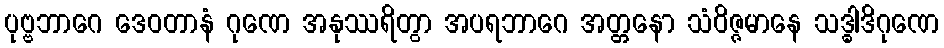
ပုဗ္ဗဘာဂေ ဒေဝတာနံ ဂုဏေ အနုဿရိတွာ အပရဘာဂေ အတ္တနော သံဝိဇ္ဇမာနေ သဒ္ဓါဒိဂုဏေ